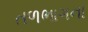
તળભાગના